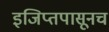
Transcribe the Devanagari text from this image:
इजिप्तपासूनच